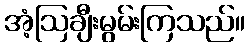
အံ့ဩချီးမွမ်းကြသည်။